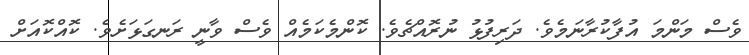
ވެސް މަންމަ އުފާކުރާނަމެވެ. ދަރިފުޅު ނުރޮއްޗެވެ. ކޮންމެކަމެއް ވެސް ވާނީ ރަނގަޅަށެވެ. ކޮއްކޮއަށް